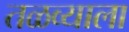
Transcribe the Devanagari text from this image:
तळव्याला